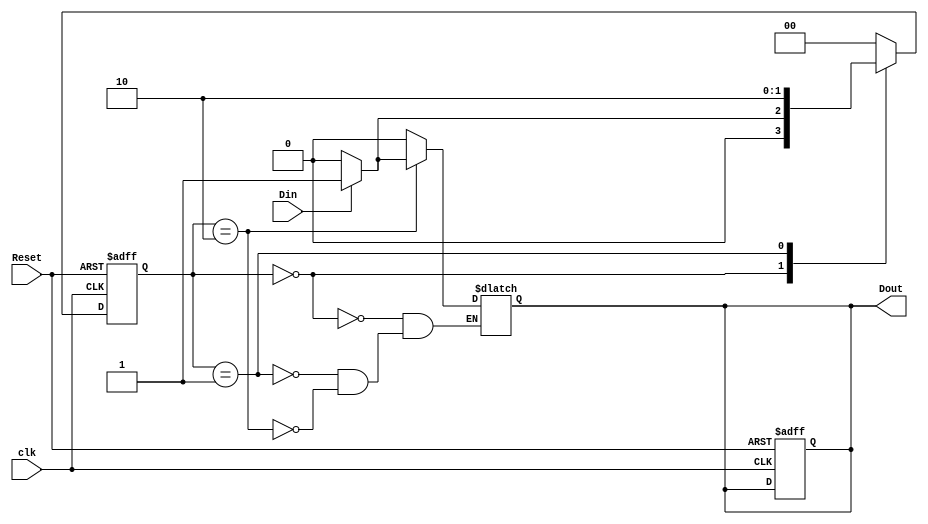
// Exercise 2.8.1

module fsml_behavioral (
    output reg Dout,
    input wire clk,
    input wire Reset,
    input wire Din
);
    parameter Start = 2'b00;
    parameter Midway = 2'b01;
    parameter Done = 2'b10;

    reg [1:0] state, next_state;

    always @(posedge clk or posedge Reset) begin
        if (Reset) begin
            state <= Start;
            Dout <= 1'b0; 
        end else begin
            state <= next_state;
        end
    end

    always @(*) begin
        case (state)
            Start: begin
                if (Din) begin
                    next_state = Midway;
                    Dout = 1'b0;
                end else begin
                    next_state = Start;
                    Dout = 1'b0;
                end
            end
            Midway: begin
                next_state = Done;
                Dout = 1'b0;
            end
            Done: begin
                if (Din) begin
                    next_state = Start;
                    Dout = 1'b1;
                end else begin
                    next_state = Start;
                    Dout = 1'b0;
                end
            end
            default: next_state = Start;
        endcase
    end

endmodule

module fsml_behavioral_tb;

    parameter CLK_PERIOD = 10;

    reg clk;
    reg Reset;
    reg Din;
    wire Dout;

    fsml_behavioral DUT (
        .clk(clk),
        .Reset(Reset),
        .Din(Din),
        .Dout(Dout)
    );

    always #((CLK_PERIOD / 2)) clk <= ~clk;

    initial begin
        $dumpfile("fsml_behavioral_tb.vcd");
        $dumpvars(0, fsml_behavioral_tb);

        Reset = 1;
        #20 Reset = 0;

        Din = 0;
        #20 Din = 1;
        #20 Din = 0;
        #20 Din = 1;
        #20 Din = 0;
        #20 $finish;
    end

endmodule

module fsml_behavioral_wb;

    reg clk;
    reg Reset;
    reg Din;
    wire Dout;

    fsml_behavioral DUT (
        .clk(clk),
        .Reset(Reset),
        .Din(Din),
        .Dout(Dout)
    );
    initial begin
        clk = 0;
    end

    always #5 clk <= ~clk;

    initial begin
        $monitor ("Time,,, %0d, Reset: %b, Din: %b, Dout: %b, clk: %b, current_state: %b", $time, Reset, Din, Dout, clk, DUT.state);
        $dumpfile("fsml_behavioral_wb.vcd");
        $dumpvars(0, fsml_behavioral_wb);

        Reset = 1;
        #20 Reset = 0;

        Din = 0;
        #10 Din = 1;
        #10 Din = 0;
        #10 Din = 1;
        #10 Din = 0;
        #10 Din = 1;
        #10 Din = 0;

        #50 $finish;
    end

endmodule